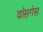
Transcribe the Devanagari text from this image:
वॉसगेस